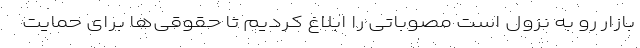
بازار رو به نزول است مصوباتی را ابلاغ کردیم تا حقوقی‌ها برای حمایت